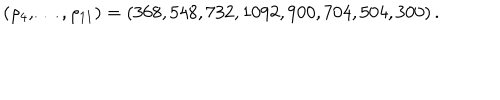
LaTeX: ( \rho _ { 4 } , \ldots , \rho _ { 1 1 } ) = ( 3 6 8 , 5 4 8 , 7 3 2 , 1 0 9 2 , 9 0 0 , 7 0 4 , 5 0 4 , 3 0 0 ) \, .